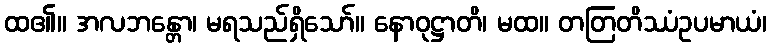
ထ၏။ အလဘန္တော၊ မရသည်ရှိသော်။ နောဝုဋ္ဌာတိ၊ မထ။ တတြတိဿံဥပမာယံ၊